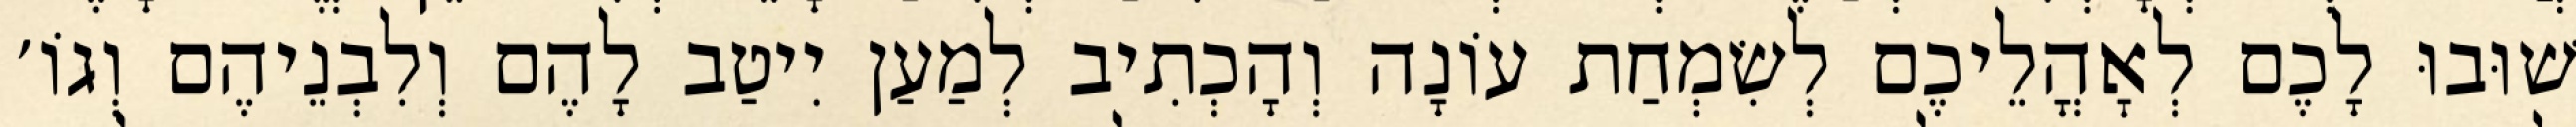
שׁוּבוּ לָכֶם לְאׇהֳלֵיכֶם לְשִׂמְחַת עוֹנָה וְהָכְתִיב לְמַעַן יִיטַב לָהֶם וְלִבְנֵיהֶם וְגוֹ׳